Tezpur Lunatic Asylum reports 1877-1894 - 1877-1894
Year: 1877
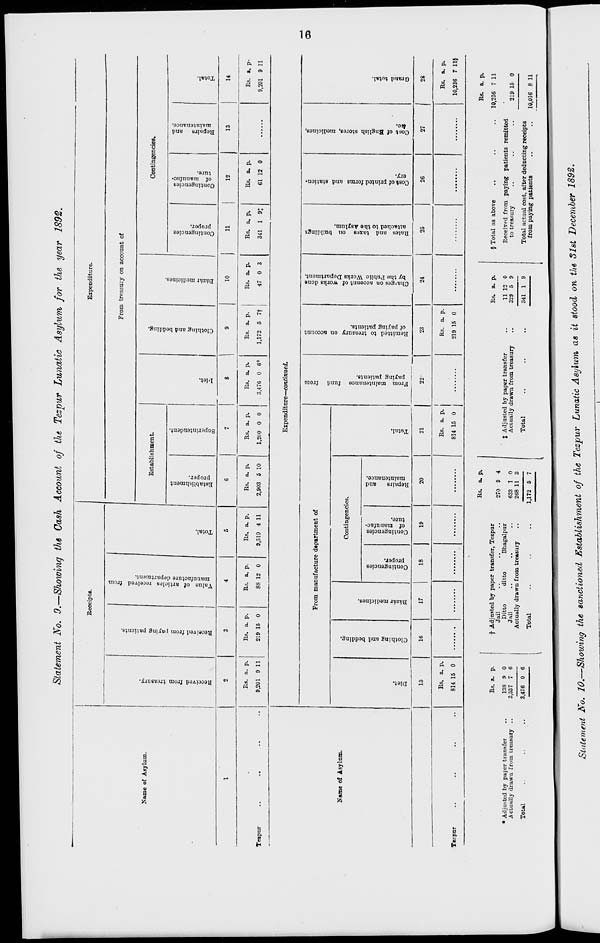
O
I.
I"
On
ft
CJ
©"
i
Si
Co
8
o <r-.
05
s*«
I 1
c
3
P
OS
CO
o"
O
©
OS
Co
§
Cr 1
«>
-i
H
o
•
ft a.
c "B'
erg.
?!
sir
r
I*-
5» "a
M
©
-1 so
p
« OS O ■a
H t>
t>
o
1
° a
•i
p.
p
*
§
. 13
c . ft' •§
o
s *
b
3
3 .
a
p .
c
g 1
•a
-a
N> C>>
CO
hH
00 io
©
P
p
9
B p
W H
CO© "?
4
■o 5
P
00
T3
1°
o
9
g.
P Si
*3 3
8
0
SO
C
o
<
2.
•a
p
• 3.
• 13
I f
3
E
p
o
o
9>
to
■o
en
7'
00
en
~, p
B
o
B •p
T3
0
1
I
•a
a
:
f
r
• •
-
I
B
o
E
B
CO
00
w.
B «
g Diet.
»a
Received from trensury.
W
p
CO
?
o p
H *a
Clothing nnd bedding.
J2
td
co
!f
CO
Received from paying patients.
•
S! p
o «
H
*I
8 m
M
Bazar medicines.
3
B
•a
B
P
00 W
CO
?'
Value of articles received from
c
Si
M
uiuiumicuire department.
Contingencies
o •?
CO
proper.
o
o
B
•
1
B
o £"
Cn
Total.
Contingencies
CO
of manufac-
ture.
5'
w
a
a
a
o
o
K5
Repairs
and
§ to
Establishment
o
maintenance.
o V
proper.
P
S 1
B
CD
to
Total.
55
W
o 5°
Superintendent.
a
S p
o p
O >p
1
s
gl
o P
a
3
|
i",
W
to
From maintenance
fund
from
1
OS
, m
Diet.
i paying patients.
I
S' 9
o p
»
l___
Bs.
219 1
to
Remitted to treasury on account
of paying patients.
to
T 1
Oi
P
CO
Clothing and bedding.
o. p
-i v
I?
o p
-^
o
B
|
M
P
g
Charges on acconnt of works done
Bazar medicines.
a
«3
D
a.
by the Public Works Department.
o P
o
o
a
c
e- "P
P
o
o
o
c
P
a
Rates and taxes
on buildings
Contingencies
o
c
attached to the Asylum.
proper.
to
Cost of printed forms and station-
£ f
Contingencies
of manufac-
o o a
03
ery.
kS
P
ture.
o V
1
o
n
?
Cost of English stores, medicines,
Repairs
and
Ate.
w
maintenance.
©
to
"K3
M
KS
ja
en
r
kO
on
Grand total.
'■"
™
*. Total.
•* P
» P
B T>
B •?
55
cs.
<0
I
o
5r*
f co
59-
o
I
1
a c-t.
Co
cs.
CtJ
a
89
9L